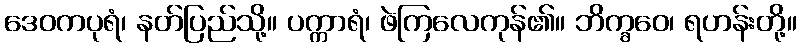
ဒေဝကပုရံ၊ နတ်ပြည်သို့။ ပက္ကာရံ၊ ဖဲကြလေကုန်၏။ ဘိက္ခဝေ၊ ရဟန်းတို့။